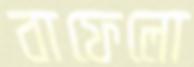
বাফেলো